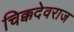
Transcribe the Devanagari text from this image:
चिक्कदेवराज